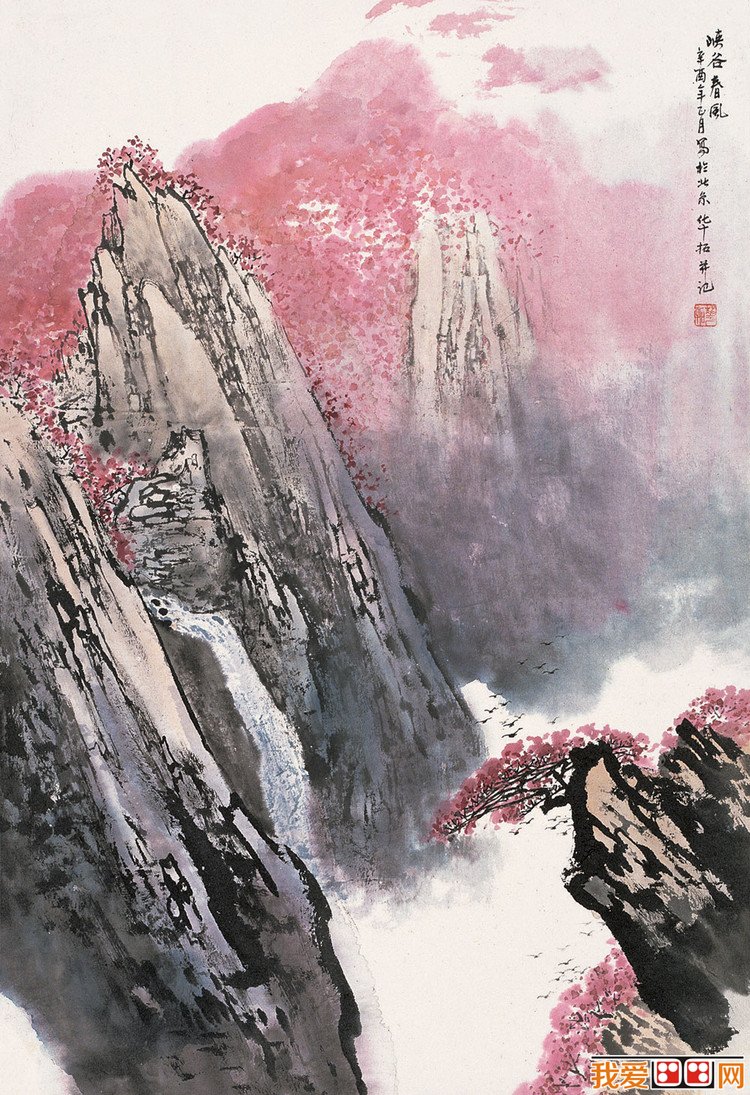
残日东风，不放岁华去。